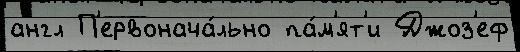
англ П'ервонача́льно па́м'ят'и Джоз'еф